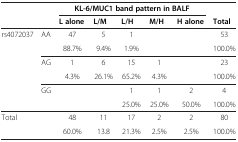
<table><thead><tr><td rowspan="2" colspan="2"><b> </b></td><td colspan="5"><b>KL-6/MUC1 band pattern in BALF</b></td><td><b> </b></td></tr><tr><td><b>L alone</b></td><td><b>L/M</b></td><td><b>L/H</b></td><td><b>M/H</b></td><td><b>H alone</b></td><td><b>Total</b></td></tr></thead><tbody><tr><td>rs4072037</td><td>AA</td><td>47</td><td>5</td><td>1</td><td> </td><td> </td><td>53</td></tr><tr><td> </td><td> </td><td>88.7%</td><td>9.4%</td><td>1.9%</td><td> </td><td> </td><td>100.0%</td></tr><tr><td> </td><td>AG</td><td>1</td><td>6</td><td>15</td><td>1</td><td> </td><td>23</td></tr><tr><td> </td><td> </td><td>4.3%</td><td>26.1%</td><td>65.2%</td><td>4.3%</td><td> </td><td>100.0%</td></tr><tr><td> </td><td>GG</td><td> </td><td>1</td><td> </td><td>1</td><td>2</td><td>4</td></tr><tr><td> </td><td> </td><td> </td><td>25.0%</td><td> </td><td>25.0%</td><td>50.0%</td><td>100.0%</td></tr><tr><td>Total</td><td> </td><td>48</td><td>11</td><td>17</td><td>2</td><td>2</td><td>80</td></tr><tr><td> </td><td> </td><td>60.0%</td><td>13.8</td><td>21.3%</td><td>2.5%</td><td>2.5%</td><td>100.0%</td></tr></tbody></table>